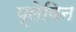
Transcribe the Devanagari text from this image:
प्लेविन